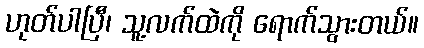
ဟုတ်ပါပြီ၊ သူ့လက်ထဲကို ရောက်သွားတယ်။